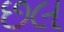
છલ